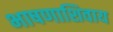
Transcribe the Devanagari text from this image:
भाषणाशिवाय